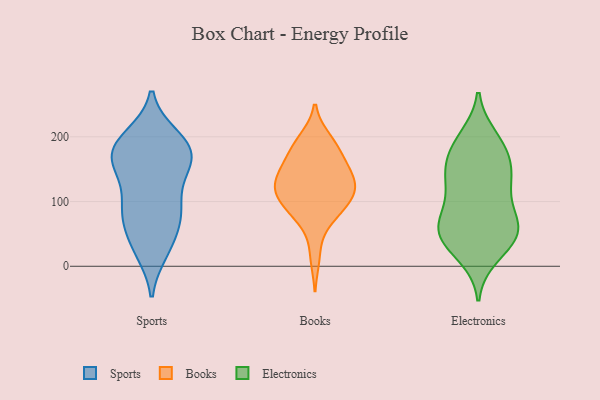
{"axis": {"x": "LTV (USD)", "y": "Value"}, "legend": ["Books", "Electronics", "Sports"], "data": [{"x": "", "y": 194, "type": "Sports"}, {"x": "", "y": 169, "type": "Sports"}, {"x": "", "y": 96, "type": "Sports"}, {"x": "", "y": 23, "type": "Sports"}, {"x": "", "y": 148, "type": "Sports"}, {"x": "", "y": 86, "type": "Sports"}, {"x": "", "y": 71, "type": "Sports"}, {"x": "", "y": 32, "type": "Sports"}, {"x": "", "y": 81, "type": "Sports"}, {"x": "", "y": 161, "type": "Sports"}, {"x": "", "y": 154, "type": "Sports"}, {"x": "", "y": 28, "type": "Sports"}, {"x": "", "y": 193, "type": "Sports"}, {"x": "", "y": 176, "type": "Sports"}, {"x": "", "y": 200, "type": "Sports"}, {"x": "", "y": 143, "type": "Sports"}, {"x": "", "y": 70, "type": "Sports"}, {"x": "", "y": 174, "type": "Sports"}, {"x": "", "y": 99, "type": "Sports"}, {"x": "", "y": 190, "type": "Sports"}, {"x": "", "y": 120, "type": "Books"}, {"x": "", "y": 147, "type": "Books"}, {"x": "", "y": 143, "type": "Books"}, {"x": "", "y": 123, "type": "Books"}, {"x": "", "y": 72, "type": "Books"}, {"x": "", "y": 125, "type": "Books"}, {"x": "", "y": 111, "type": "Books"}, {"x": "", "y": 162, "type": "Books"}, {"x": "", "y": 196, "type": "Books"}, {"x": "", "y": 172, "type": "Books"}, {"x": "", "y": 192, "type": "Books"}, {"x": "", "y": 15, "type": "Books"}, {"x": "", "y": 94, "type": "Books"}, {"x": "", "y": 185, "type": "Books"}, {"x": "", "y": 124, "type": "Books"}, {"x": "", "y": 76, "type": "Books"}, {"x": "", "y": 105, "type": "Books"}, {"x": "", "y": 143, "type": "Books"}, {"x": "", "y": 94, "type": "Books"}, {"x": "", "y": 28, "type": "Electronics"}, {"x": "", "y": 125, "type": "Electronics"}, {"x": "", "y": 122, "type": "Electronics"}, {"x": "", "y": 121, "type": "Electronics"}, {"x": "", "y": 182, "type": "Electronics"}, {"x": "", "y": 68, "type": "Electronics"}, {"x": "", "y": 161, "type": "Electronics"}, {"x": "", "y": 195, "type": "Electronics"}, {"x": "", "y": 199, "type": "Electronics"}, {"x": "", "y": 78, "type": "Electronics"}, {"x": "", "y": 172, "type": "Electronics"}, {"x": "", "y": 141, "type": "Electronics"}, {"x": "", "y": 52, "type": "Electronics"}, {"x": "", "y": 42, "type": "Electronics"}, {"x": "", "y": 46, "type": "Electronics"}, {"x": "", "y": 69, "type": "Electronics"}, {"x": "", "y": 147, "type": "Electronics"}, {"x": "", "y": 16, "type": "Electronics"}, {"x": "", "y": 53, "type": "Electronics"}, {"x": "", "y": 65, "type": "Electronics"}]}